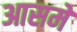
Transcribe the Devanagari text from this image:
आसमे